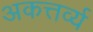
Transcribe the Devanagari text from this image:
अकत्तर्व्य